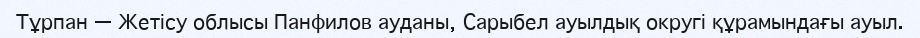
Тұрпан — Жетісу облысы Панфилов ауданы, Сарыбел ауылдық округі құрамындағы ауыл.